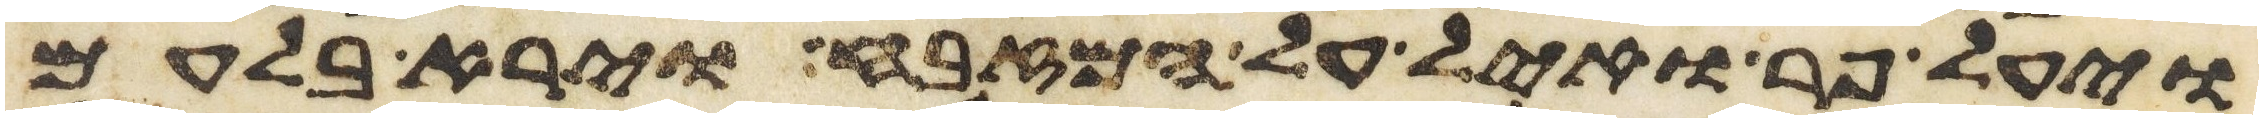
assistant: ויעל פר ואיל על המזבח וירא בלעם